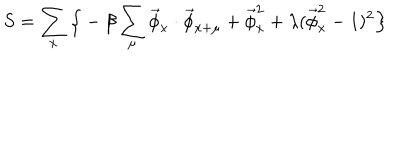
S = \sum _ { x } \Big \{ - \beta \sum _ { \mu } \vec { \phi } _ { x } \cdot \vec { \phi } _ { x + \mu } + \vec { \phi } _ { x } ^ { 2 } + \lambda ( \vec { \phi } _ { x } ^ { 2 } - 1 ) ^ { 2 } \Big \}